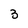
Character: 3